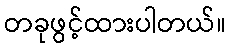
တခုဖွင့်ထားပါတယ်။